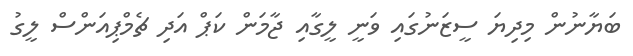
ބަޔާނުން މިދިޔަ ސީޒަނުގައި ވަނީ ލީގާއި ޖާމަން ކަޕް އަދި ޗެމްޕިއަންސް ލީގު